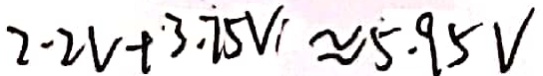
2 - 2 v + 3 . 7 5 V _ { 1 } \approx 5 . 9 5 V